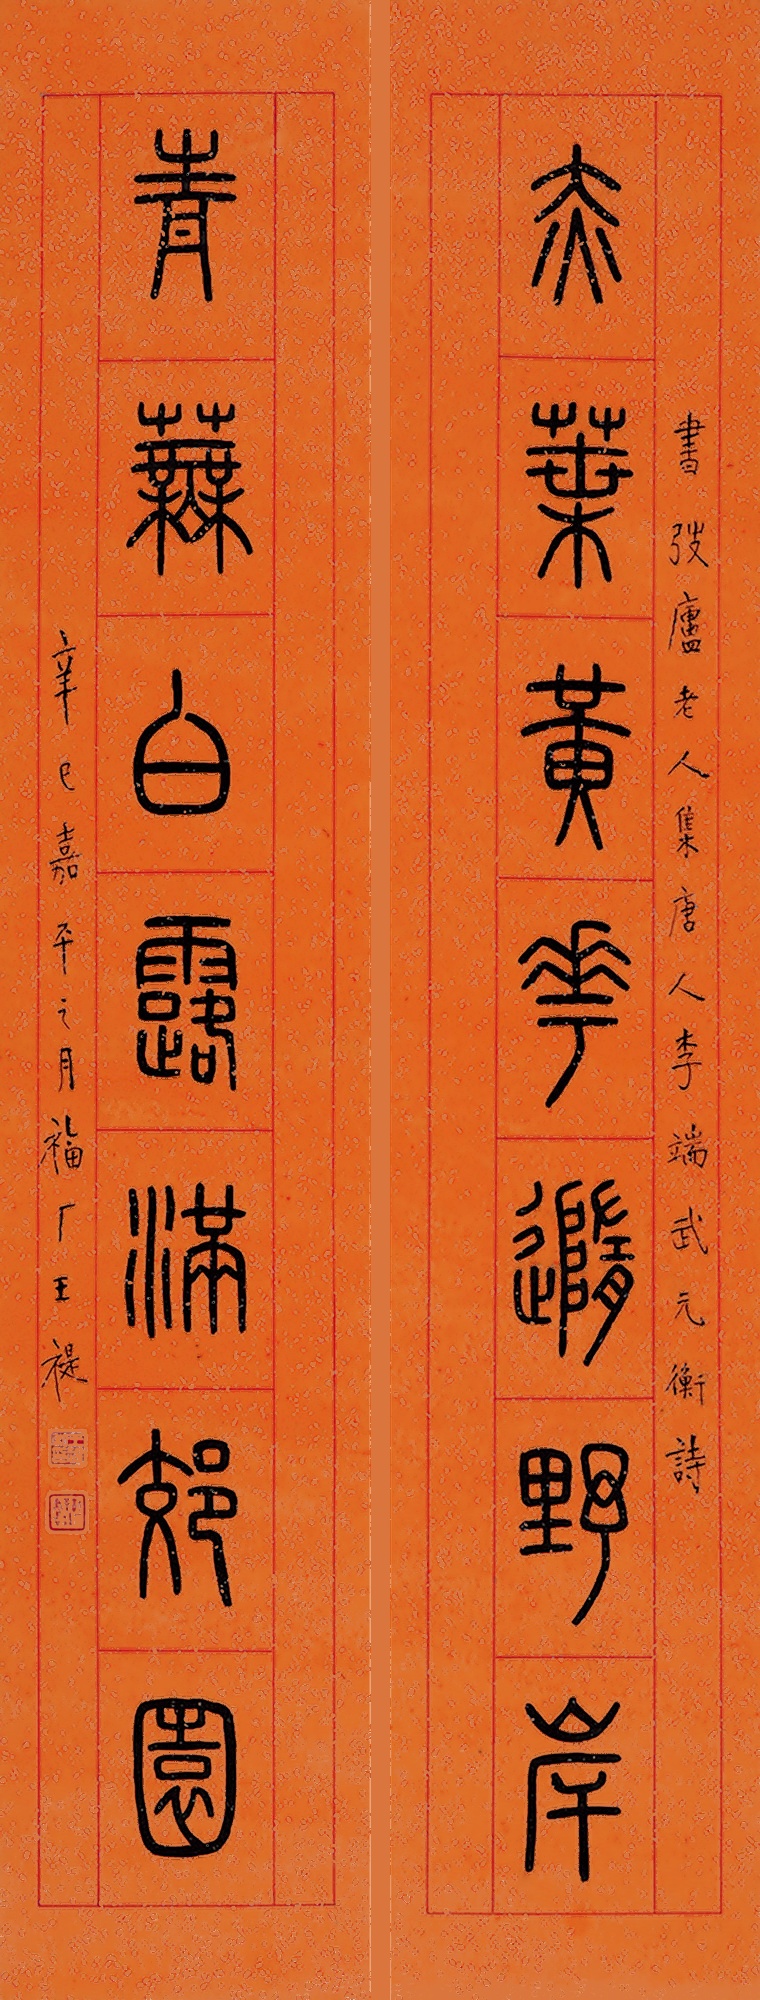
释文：赤叶黄花随野岸，青芜白露满郊园。书弢庐老人集唐人李端武元衡诗，辛巳嘉平之月福厂王禔。